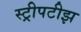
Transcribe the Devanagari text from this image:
स्ट्रीपटीझ